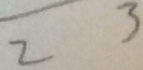
2 3